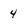
Character: 4